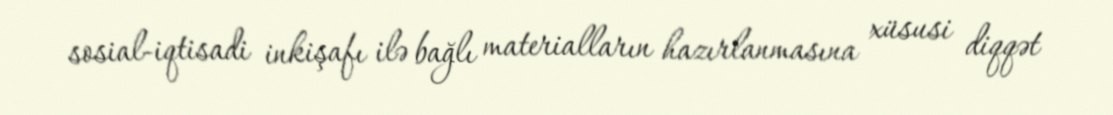
sosial-iqtisadi inkişafı ilə bağlı materialların hazırlanmasına xüsusi diqqət